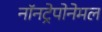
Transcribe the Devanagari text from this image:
नॉनट्रेपोनेमल